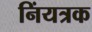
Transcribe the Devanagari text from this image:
निंयत्रक